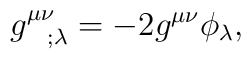
g^{\mu \nu}_{~ ~;\lambda} = -2 g^{\mu \nu } \phi_\lambda ,